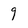
Character: 9